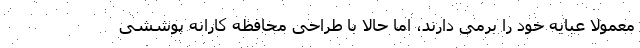
معمولا عبایه خود را برمی دارند، اما حالا با طراحی محافظه کارانه پوششی